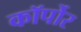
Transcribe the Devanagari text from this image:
कॉर्पोर